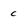
Character: c